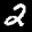
Label: 2